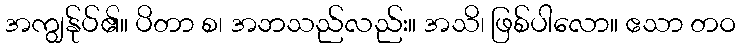
အကျွန်ုပ်၏။ ပိတာ စ၊ အဘသည်လည်း။ အသိ၊ ဖြစ်ပါလော။ ဧသာ တဝ